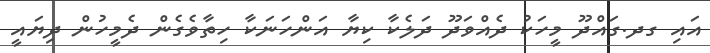
އައި ގދ.ގައްދޫ މީހަކު ދެއްވަދޫ ދަލެކާ ކިޔާ އަންހަނަކާ ހިތާވެގެން ދެމީހުން ދިޔައީ